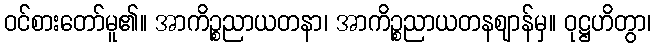
ဝင်စားတော်မူ၏။ အာကိဉ္စညာယတနာ၊ အာကိဉ္စညာယတနဈာန်မှ။ ဝုဋ္ဌဟိတွာ၊